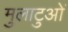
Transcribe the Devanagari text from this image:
मुलाटुओं